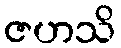
ဇဟသိ